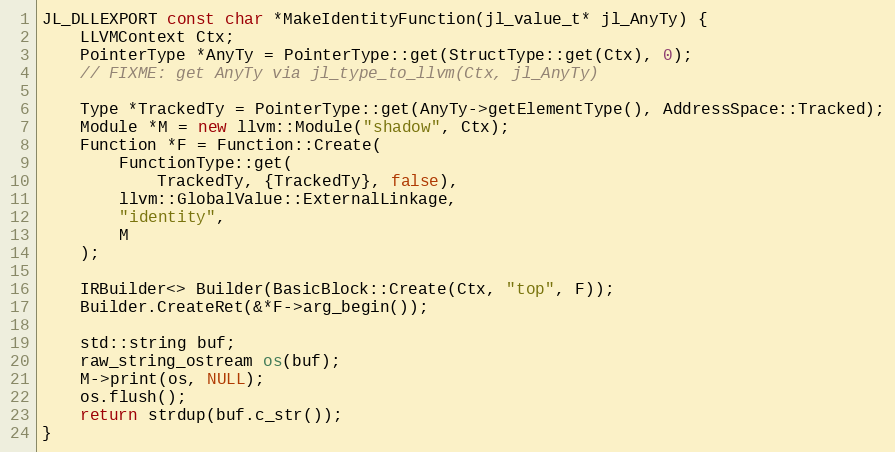
Language: C++
JL_DLLEXPORT const char *MakeIdentityFunction(jl_value_t* jl_AnyTy) {
    LLVMContext Ctx;
    PointerType *AnyTy = PointerType::get(StructType::get(Ctx), 0);
    // FIXME: get AnyTy via jl_type_to_llvm(Ctx, jl_AnyTy)

    Type *TrackedTy = PointerType::get(AnyTy->getElementType(), AddressSpace::Tracked);
    Module *M = new llvm::Module("shadow", Ctx);
    Function *F = Function::Create(
        FunctionType::get(
            TrackedTy, {TrackedTy}, false),
        llvm::GlobalValue::ExternalLinkage,
        "identity",
        M
    );

    IRBuilder<> Builder(BasicBlock::Create(Ctx, "top", F));
    Builder.CreateRet(&*F->arg_begin());

    std::string buf;
    raw_string_ostream os(buf);
    M->print(os, NULL);
    os.flush();
    return strdup(buf.c_str());
}